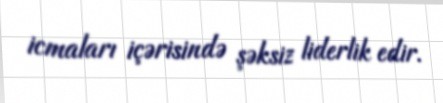
icmaları içərisində şəksiz liderlik edir.